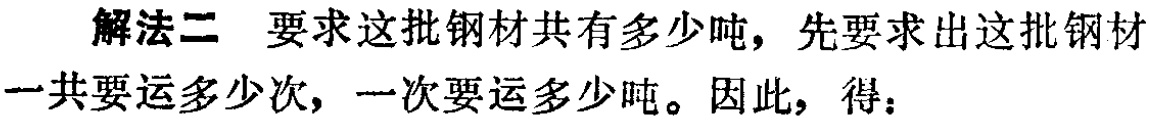
解法二 要求这批钢材共有多少吨，先要求出这批钢材一共要运多少次，一次要运多少吨。因此，得：